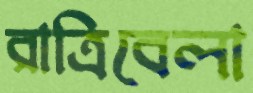
রাত্রিবেলা